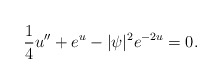
\begin{align*}\frac{1}{4}u^{\prime\prime}+e^u-|\psi|^2 e^{-2u}=0.\end{align*}